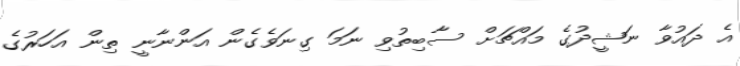
އެ ދައުވާ ނަޝީދުގެ މައްޗަށް ސާބިތުވި ނަމަ ގިނަވެގެން އަންނާނީ ތިން އަހަރުގެ